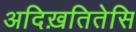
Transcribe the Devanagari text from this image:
अदिख़तितेसि